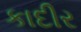
કાદીર